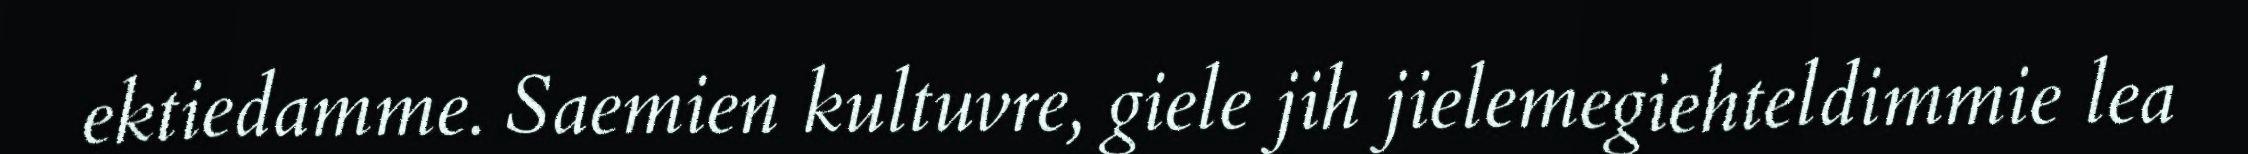
ektiedamme. Saemien kultuvre, giele jih jielemegiehteldimmie lea